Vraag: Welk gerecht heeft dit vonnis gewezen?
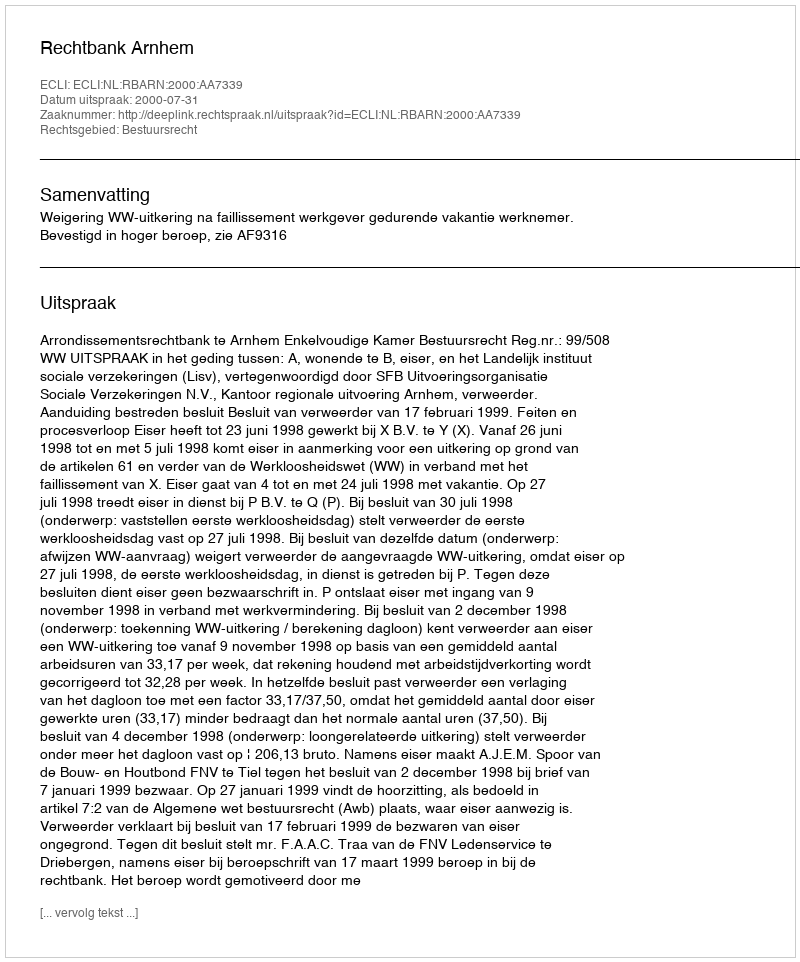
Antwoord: Rechtbank Arnhem